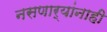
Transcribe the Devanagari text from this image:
नसणार्‍यांनाही